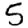
Digit: 5